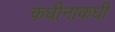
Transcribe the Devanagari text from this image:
कधीनाकधी